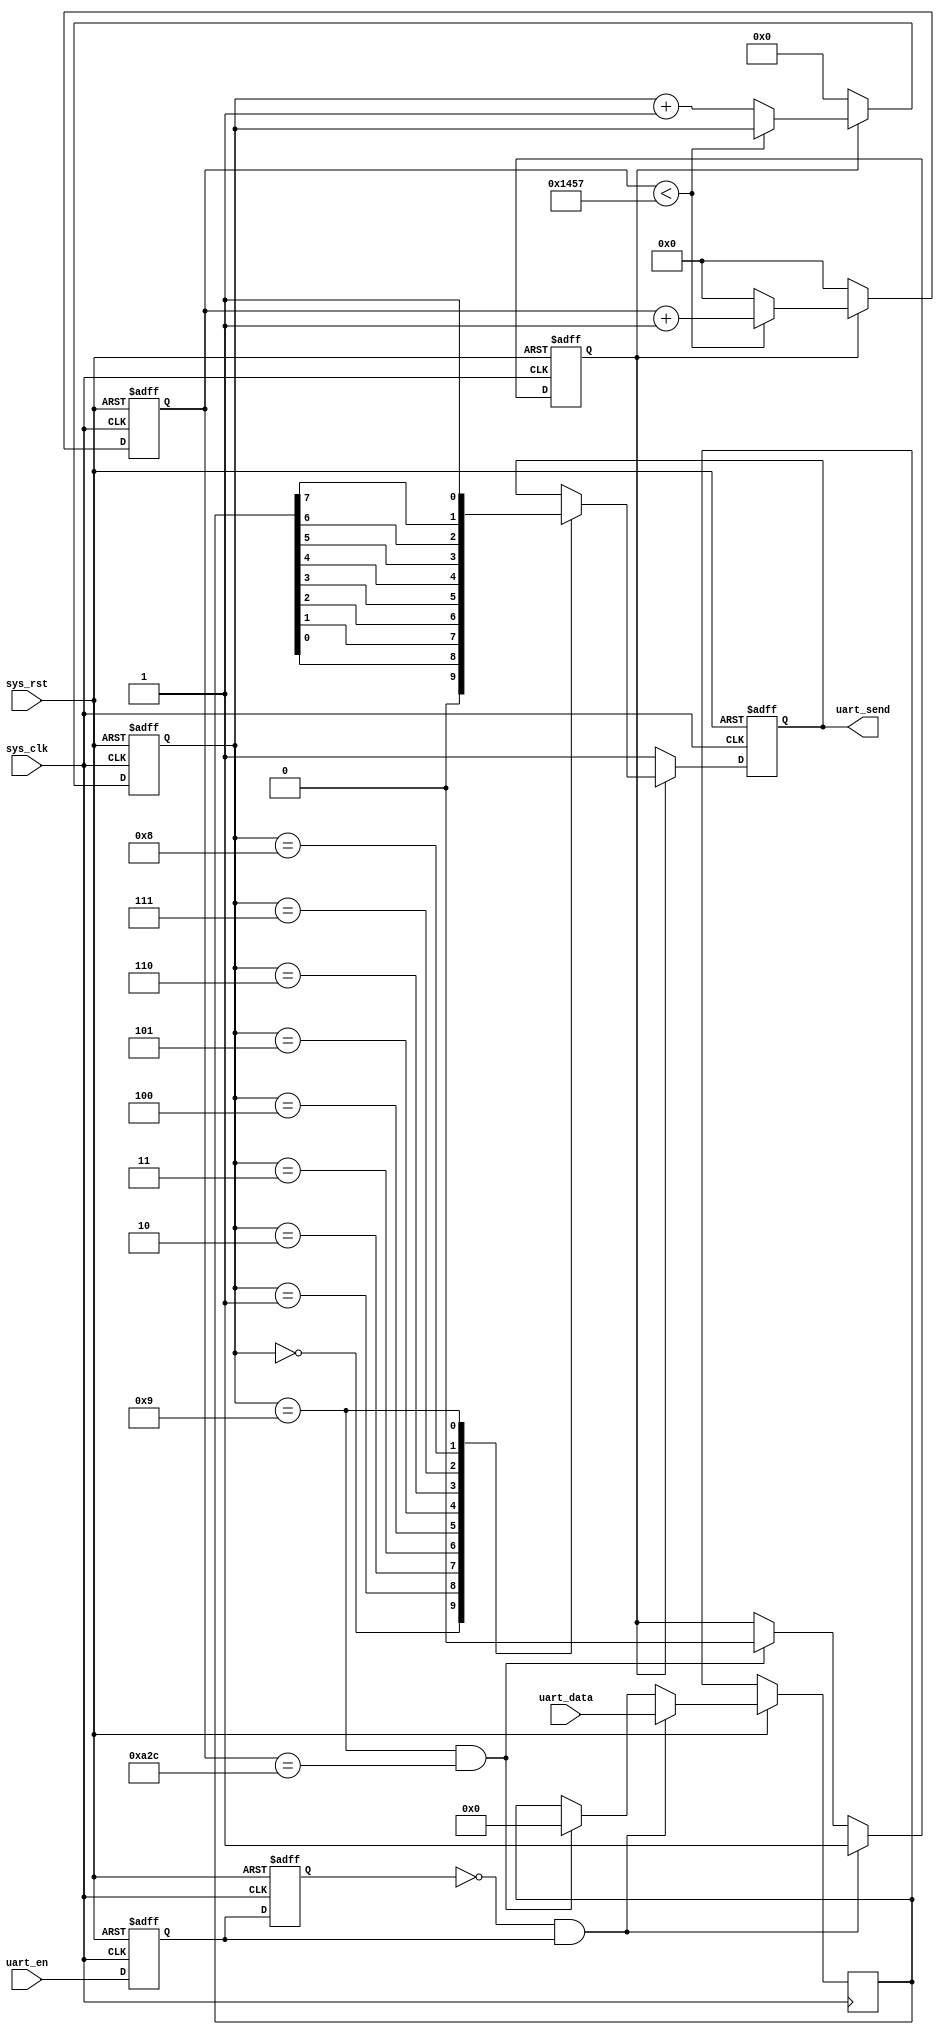
/*
25/06/2021
written by Zyy Zhou (22670661)
used for UWA unit ELEC5552 design2  fir filter desin
to communicate with laptop and load coefficients
*/

module uart_sender (
	input              sys_clk,
	input              sys_rst,
	input              uart_en,  //connected to the output of the receiver
										  //to indicate the sender that the receiver has completed receiving a frame
	input     [7:0]    uart_data,//the data coming from the receiver, we now send it back to the laptop!
										  
	output      reg    uart_send
);

//parameter define
parameter CLK_FREQ = 50000000; //clock frequency
parameter UART_BPS = 9600;  //bit rate of the interface
localparam BPS_CNT = CLK_FREQ/UART_BPS; //how many clock period per bit

//reg define
reg            uart_en_0;
reg            uart_en_1; //uart_en_1 and 0 are used to detect edge of the input signal
reg    [15:0]  count_clk; //counter for the system
reg    [3:0]   count_data_s; //count how many bit sent
reg            flag_s; //indicate whether the signal is being sent
reg    [7:0]   data_s; //the data being sent

//wire define
wire           start_falg; 
//the start_flag signal should be 1 when a negedge of the input signal is detected

//***************************************************************
//                     main  code
//***************************************************************
assign  start_flag = (~uart_en_1) & uart_en_0; 
//detect the risinging edge of the input signal uart_en
//delay the uart_en_1 signal as 2 clk duration
always @(posedge sys_clk or negedge sys_rst) begin
	if (!sys_rst)	begin
		uart_en_1 <= 1'b0;
		uart_en_0 <= 1'b0;
	end
	else begin
		uart_en_0 <= uart_en;
		uart_en_1 <= uart_en_0; //non blocking assignment uart_en_1 will be lagging
	end
end

always @(posedge sys_clk or negedge sys_rst) begin
	if (!sys_rst) begin
		flag_s <= 1'b0; //if rst pressed, the system is not sending any signal
	end
	else begin
		if (start_flag == 1'b1)  begin//if a falling edge is detected
			flag_s <= 1'b1; //start sending
			data_s <= uart_data; //load the data coming from the receiver!
		end
		else if ((count_data_s == 4'd9)&&(count_clk==BPS_CNT/2)) begin//if 9 data is sent and in the middle of the duration
			flag_s <= 1'b0;
			data_s <= 8'd0; //stop sending the data
		end
		else begin
			flag_s <= flag_s;
			data_s <= data_s;
		end
	end
end

always @(posedge sys_clk or negedge sys_rst) begin
	if (!sys_rst) begin
		count_data_s <= 4'd0;
		count_clk <= 16'd0;  //reset all the counter
	end
	else if (flag_s ==1'b1) begin //start sending
		if (count_clk < BPS_CNT-1) begin//if not finishing sending the bit
			count_clk <= count_clk + 1'b1;
			count_data_s <= count_data_s;   //start counting clk
		end
		else begin
			count_clk <= 16'd0; //restart counting
			count_data_s <= count_data_s + 1'b1; //go to next bit
		end
	end
	else begin
		count_data_s <= 4'd0;
		count_clk <= 16'd0;  //not sending anything, reset counters
	end
end

always @(posedge sys_clk or negedge sys_rst) begin
	if (!sys_rst)
		uart_send <= 1'b0;
	else if (flag_s ==1'b1)	begin
		case (count_data_s)
			4'd0  :  uart_send <= 1'b0; //start bit
			4'd1  :  uart_send <= data_s [0];
			4'd2  :  uart_send <= data_s [1];
			4'd3  :  uart_send <= data_s [2];
			4'd4  :  uart_send <= data_s [3];
			4'd5  :  uart_send <= data_s [4];
			4'd6  :  uart_send <= data_s [5];
			4'd7  :  uart_send <= data_s [6];
			4'd8  :  uart_send <= data_s [7];
			4'd9  :  uart_send <= 1'b1; //end bit	
			default:;
			endcase
	end
	else
		uart_send <= 1'b1; //not sending
end

endmodule